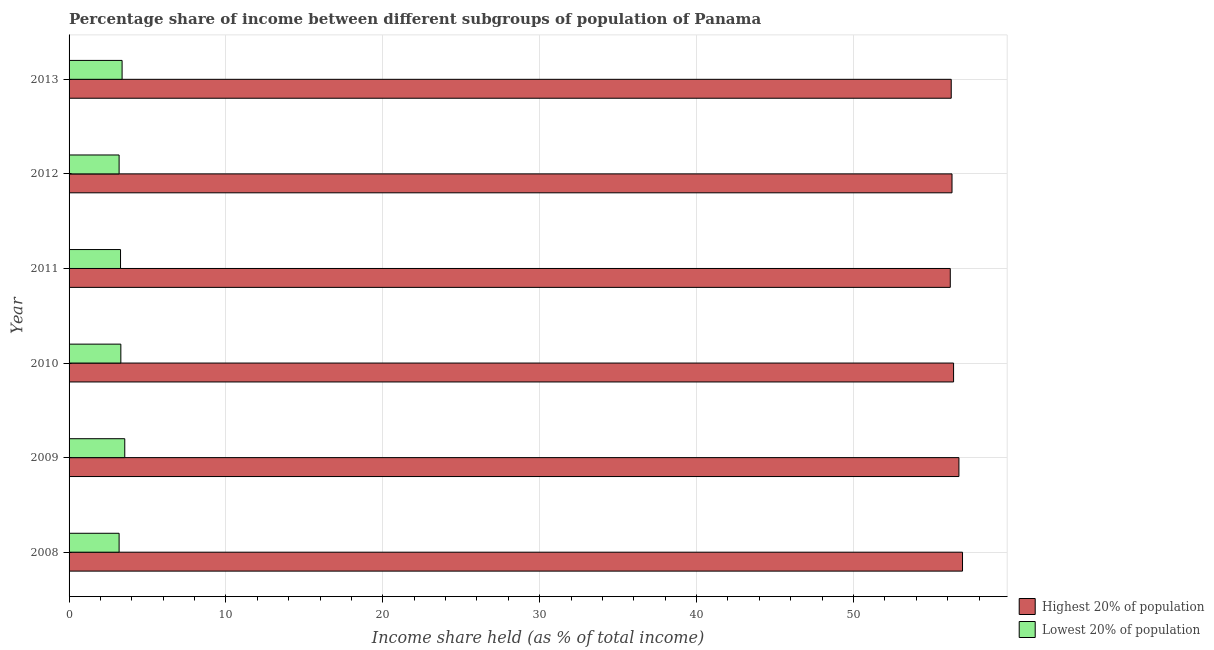
| Year | Highest 20% of population | Lowest 20% of population |
 | --- | --- | --- |
 | 2008 | 57 | 3.19 |
 | 2009 | 56.7 | 3.55 |
 | 2010 | 56.4 | 3.3 |
 | 2011 | 56.2 | 3.28 |
 | 2012 | 56.3 | 3.19 |
 | 2013 | 56.2 | 3.38 |